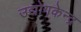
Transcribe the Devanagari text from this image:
उद्योगकेन्द्र